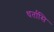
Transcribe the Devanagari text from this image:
धर्तासि